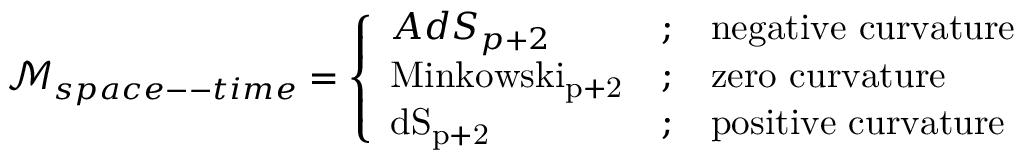
\mathcal { M } _ { s p a c e -- t i m e } = \left\{ \begin{array} { l c l } { { A d S _ { p + 2 } } } & { { ; } } & { { \mathrm { n e g a t i v e ~ c u r v a t u r e } } } \\ { { \mathrm { M i n k o w s k i _ { p + 2 } } } } & { { ; } } & { { \mathrm { z e r o ~ c u r v a t u r e } } } \\ { { \mathrm { d S _ { p + 2 } } } } & { { ; } } & { { \mathrm { p o s i t i v e ~ c u r v a t u r e } \ } } \end{array} \right.